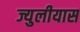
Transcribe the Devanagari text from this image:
ज्युलीयास